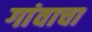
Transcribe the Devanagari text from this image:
गांवाचा